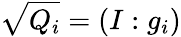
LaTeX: {\sqrt{Q_{i}}}=(I:g_{i})